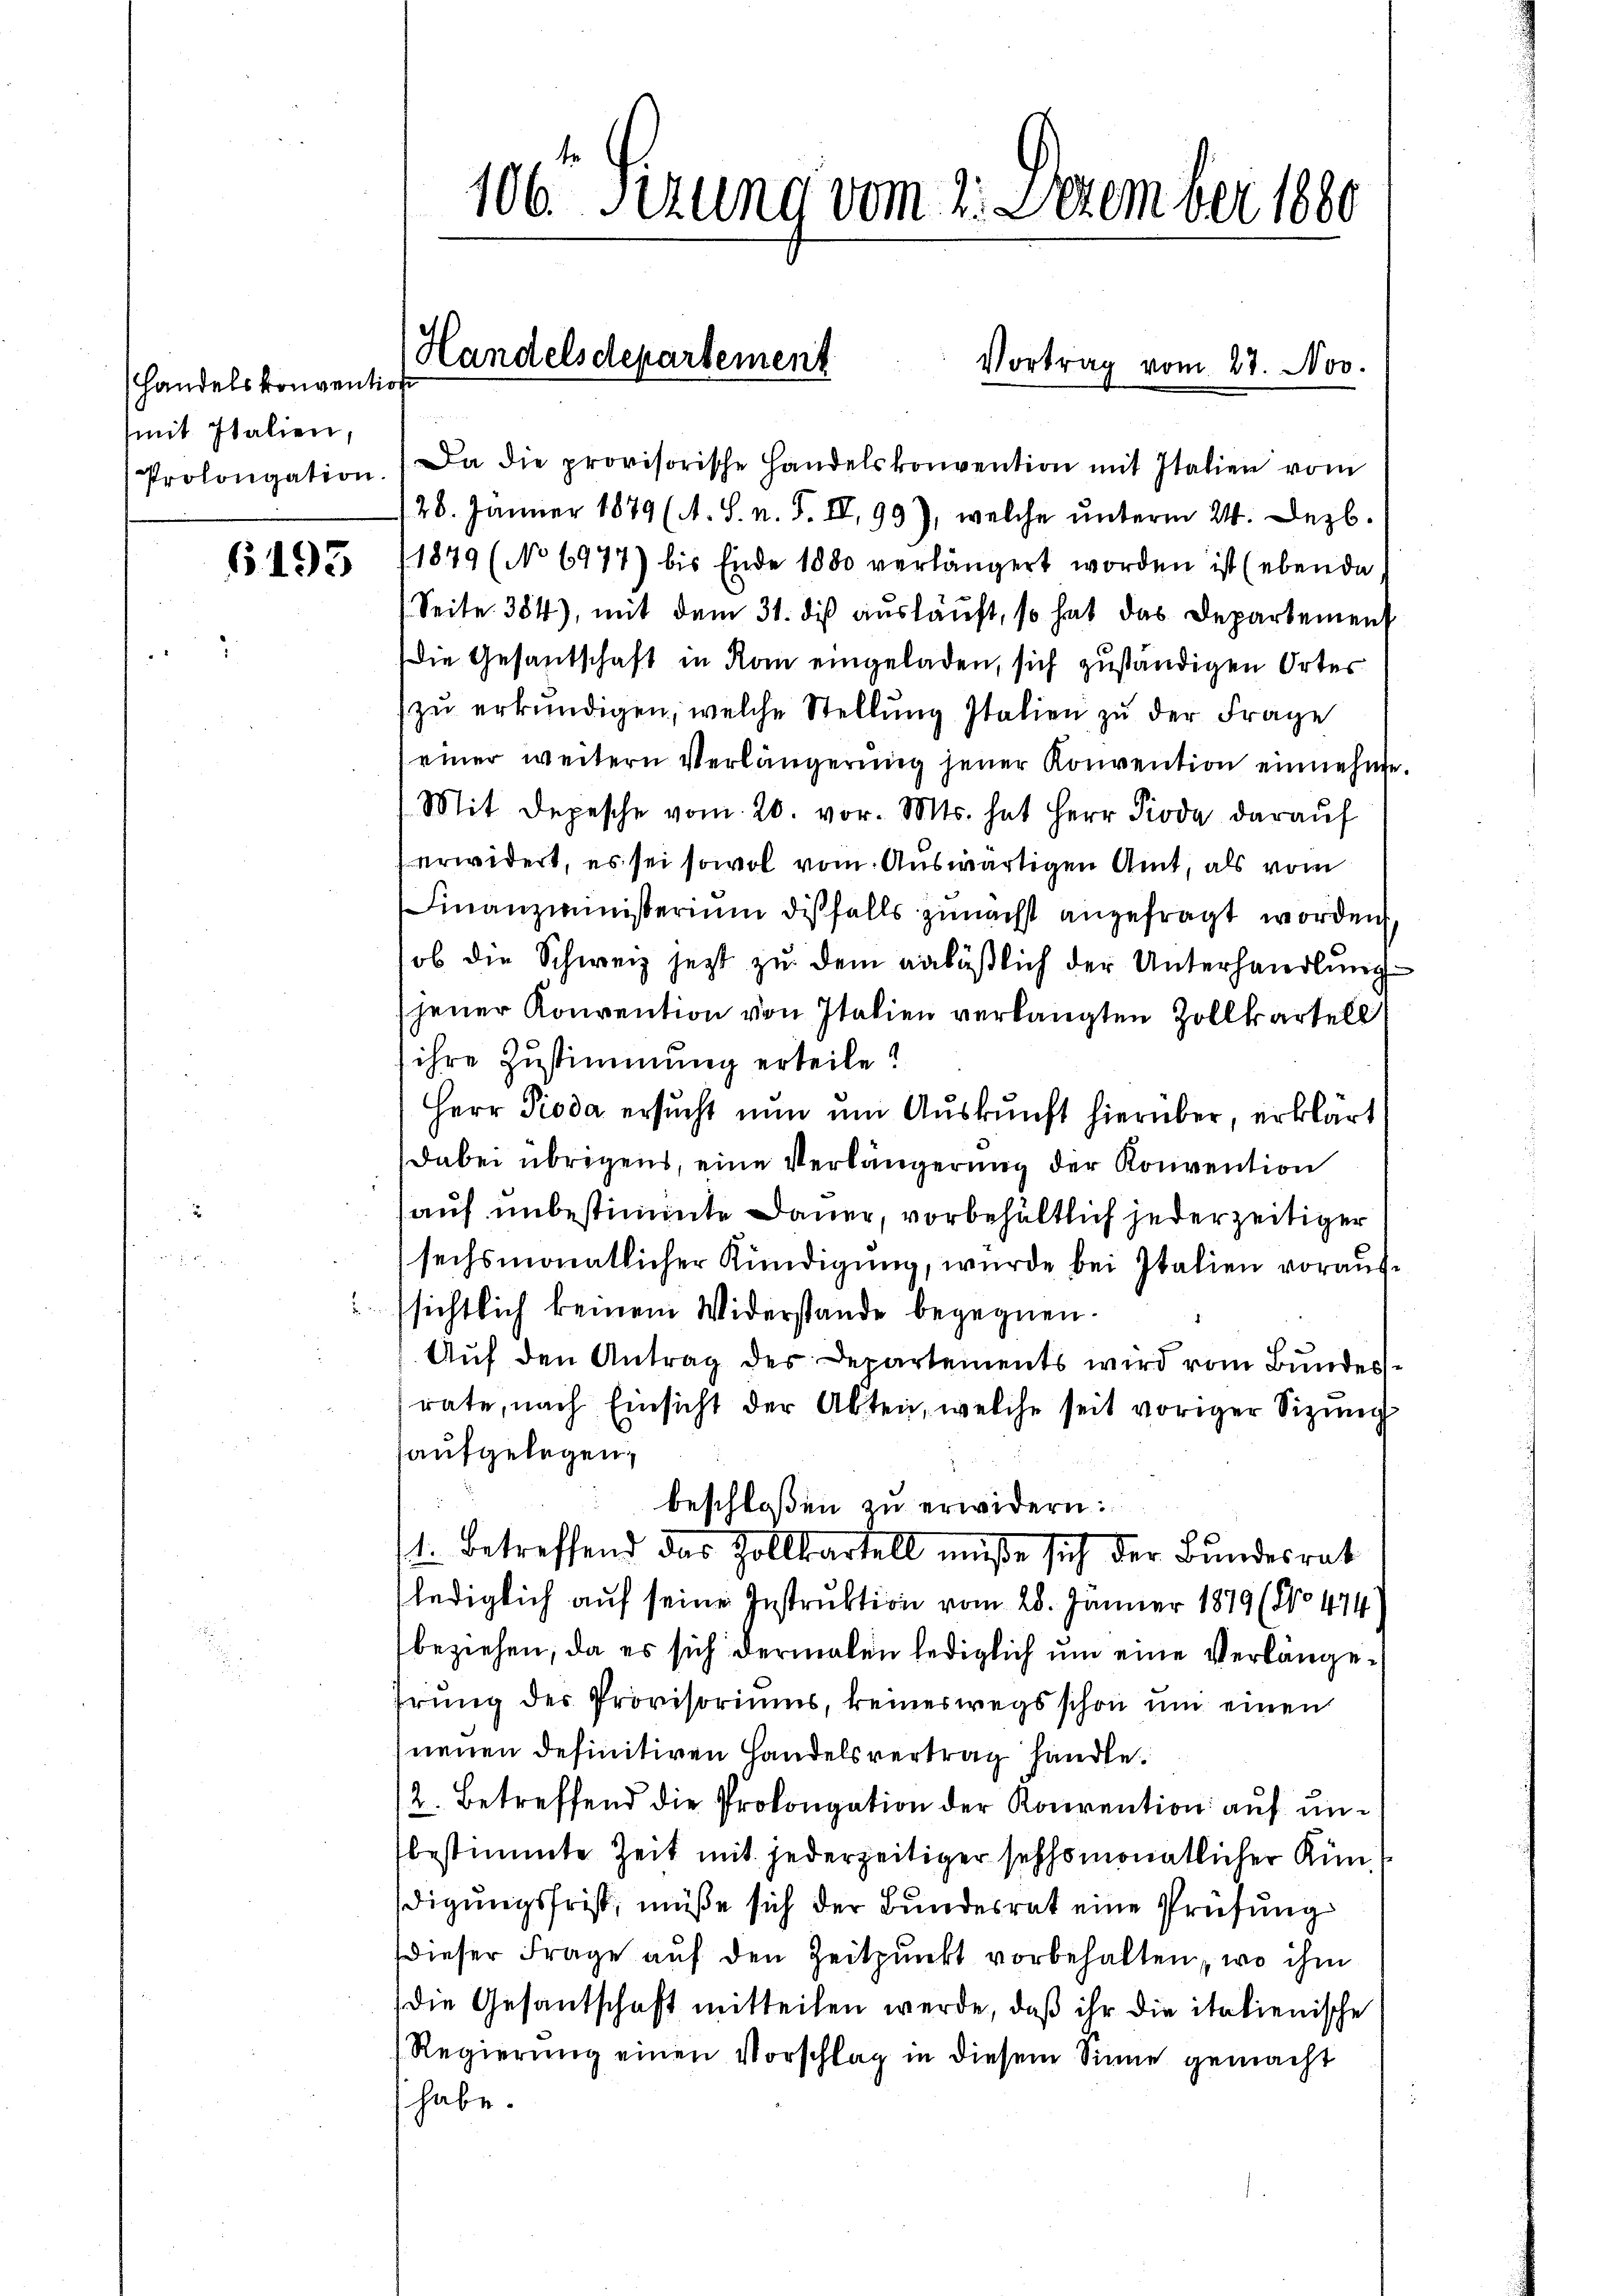
Handelskonvention
(mit Italien,

6193

106 Sezung vom 2. Dezember 1880

Prolongation. Da die provisorische Handelskonvention mit Italien vom
26. Jänner 1879 (A. S. n. F. IV, 99), welche unterm 24. Dezb.
1879 (No 6977) bis Ende 1880 verlängert worden ist (ebende
Seite 354), mit dem 31. dis ausläuft, so hat das Departement
Die Gesandschaft in Rom eingeladen, sich zuständigen Ortes
zŭ erkŭndigen, welche Stellŭng Italien zŭ der Frage
einer weitern Verlängerŭng jener Konvention einnehme.
(Mit Depesche vom 20. vor. Mts. hat Herr Pioda darauf
erwidert, es sei sowol vom Auswärtigen Amt, als vom
Finanzministerium diesfalls zunächst angefragt worden
ob die Schweiz jetzt zu dem anläßlich der Unterhandlung
jener Konvention von Italien verlangten Zollkartell
ihre Zustimmung erteile!
Herr Pioda ersucht nun um Auskunft hierüber, erklärt
dabei übrigens, eine Verlängerung der Konvention
auf unbestimmte Dauer, vorbehältlich jederzeitiger
sechsmonatlicher Kündigung, wurde bei Italien voraufsichtlich keinem Widerstande begegnen.
Aŭf den Antrag des Departements wird vom Bundesrate, nach Einsicht der Akten, welche seit voriger Sitzung
aufgelegen.
beschloßen zu erwidern:
1. betreffend das Zollkartell müße sich der Bundesrat
lediglich auf seine Instruktion vom 28. Jänner 1879 (No 474)
beziehen, da es sich dermalen lediglich um eine Verlänge
hrung der Provisoriums, keineswegs schon um einen
neuen definitiven Handelsvertrag handle.
2. Betreffend die Prolongation der Konvention auf unbestimmte Zeit mit jederzeitiger sechsmonatlicher Kündigungsfrist, müße sich der Bundesrat eine Prüfung
dieser Frage auf den Zeitpunkt vorbehalten, wo ihm
die Gesantschaft mitteilen werde, daß ihr die italienische
Regierŭng einen Vorschlag in diesem Sinne gemacht
 habe.

Handelsdepartement
Vortrag vom 27. Nov.